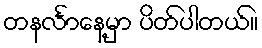
တနင်္လာနေ့မှာ ပိတ်ပါတယ်။